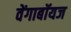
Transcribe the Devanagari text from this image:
वेंगाबॉयज